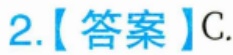
2.【答案】C.